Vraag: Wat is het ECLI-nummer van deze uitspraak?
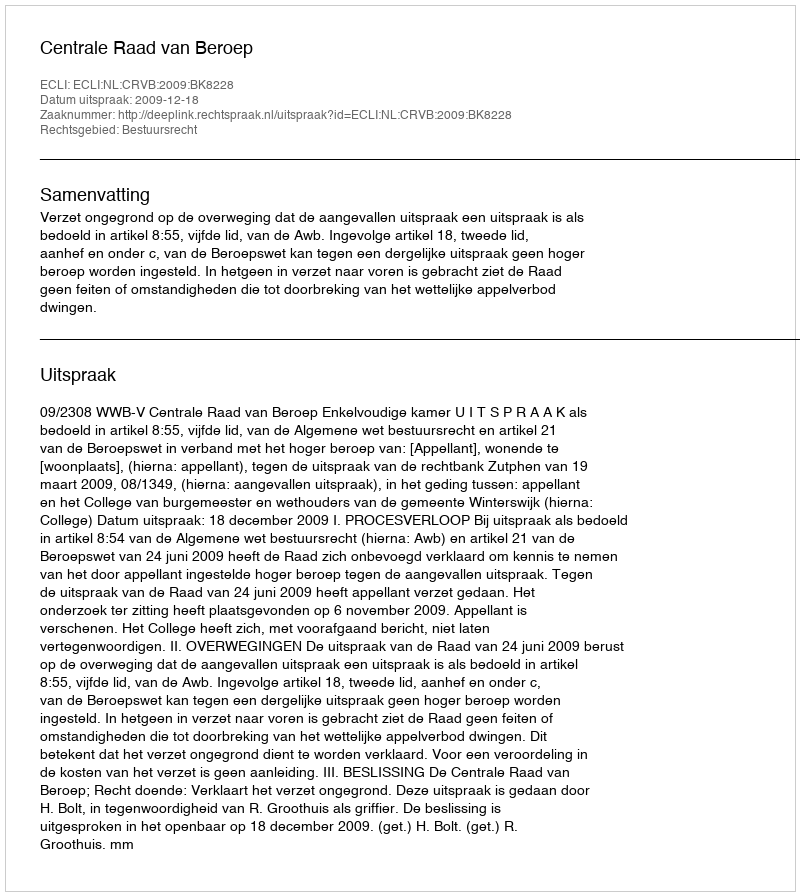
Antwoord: ECLI:NL:CRVB:2009:BK8228